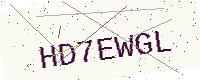
Text: HD7EWGL